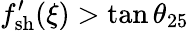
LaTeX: f_{\mathrm{{sh}}}^{\prime}(\xi)>\tan\theta_{25}